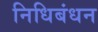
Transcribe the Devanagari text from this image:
निधिबंधन